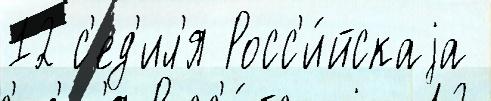
12 с'ед'ил'я Росс'и́йскаjа